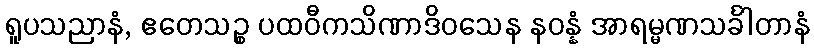
ရူပသညာနံ, ဧတေသဉ္စ ပထဝီကသိဏာဒိဝသေန နဝန္နံ အာရမ္မဏသင်္ခါတာနံ